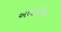
અભાગિયો